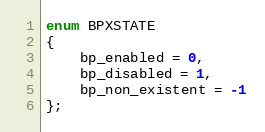
Language: C
enum BPXSTATE
{
    bp_enabled = 0,
    bp_disabled = 1,
    bp_non_existent = -1
};